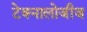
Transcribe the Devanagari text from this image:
टेक्नालोजीज